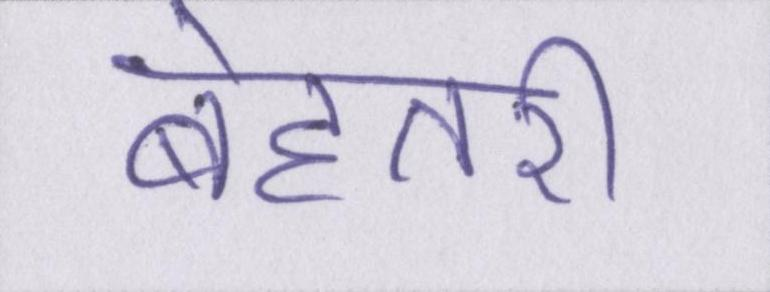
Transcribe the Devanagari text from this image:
बेहतरी